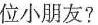
位小朋友?